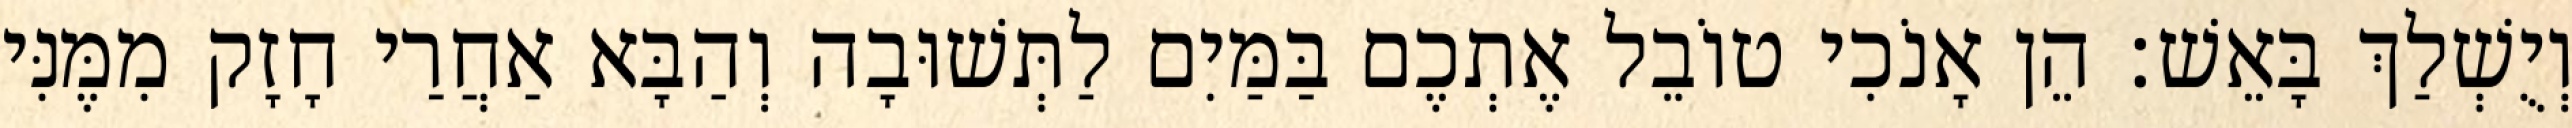
וְיֻשְׁלַךְ בָּאֵשׁ׃ הֵן אָנֹכִי טוֹבֵל אֶתְכֶם בַּמַּיִם לַתְּשׁוּבָה וְהַבָּא אַחֲרַי חָזָק מִמֶּנִּי